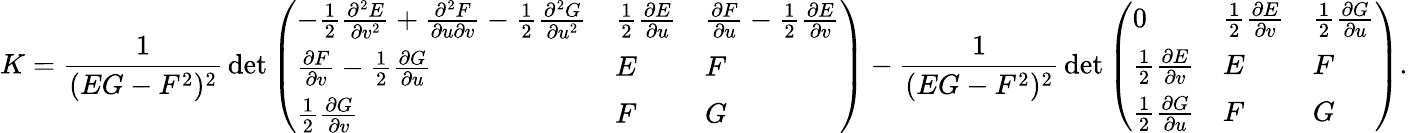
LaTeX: K={\frac{1}{(EG-F^{2})^{2}}}\operatorname*{det}{\left(\begin{array}{lll}{-{\frac{1}{2}}{\frac{\partial^{2}E}{\partial v^{2}}}+{\frac{\partial^{2}F}{\partial u\partial v}}-{\frac{1}{2}}{\frac{\partial^{2}G}{\partial u^{2}}}}&{{\frac{1}{2}}{\frac{\partial E}{\partial u}}}&{{\frac{\partial F}{\partial u}}-{\frac{1}{2}}{\frac{\partial E}{\partial v}}}\\ {{\frac{\partial F}{\partial v}}-{\frac{1}{2}}{\frac{\partial G}{\partial u}}}&{E}&{F}\\ {{\frac{1}{2}}{\frac{\partial G}{\partial v}}}&{F}&{G}\end{array}\right)}-{\frac{1}{(EG-F^{2})^{2}}}\operatorname*{det}{\left(\begin{array}{lll}{0}&{{\frac{1}{2}}{\frac{\partial E}{\partial v}}}&{{\frac{1}{2}}{\frac{\partial G}{\partial u}}}\\ {{\frac{1}{2}}{\frac{\partial E}{\partial v}}}&{E}&{F}\\ {{\frac{1}{2}}{\frac{\partial G}{\partial u}}}&{F}&{G}\end{array}\right)}.